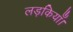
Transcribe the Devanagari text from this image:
लड़कियाँ।